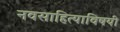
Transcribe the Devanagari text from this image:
नवसाहित्याविषयी